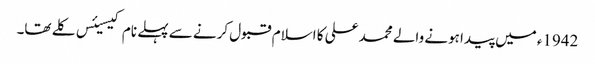
1942ء میں پیدا ہونے والے محمد علی کا اسلام قبول کرنے سے پہلے نام کیسیئس کلے تھا۔